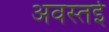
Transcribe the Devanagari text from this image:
अवस्तई